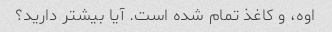
اوه، و کاغذ تمام شده است. آیا بیشتر دارید؟